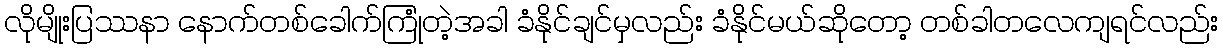
လိုမျိုးပြဿနာ နောက်တစ်ခေါက်ကြုံတဲ့အခါ ခံနိုင်ချင်မှလည်း ခံနိုင်မယ်ဆိုတော့ တစ်ခါတလေကျရင်လည်း